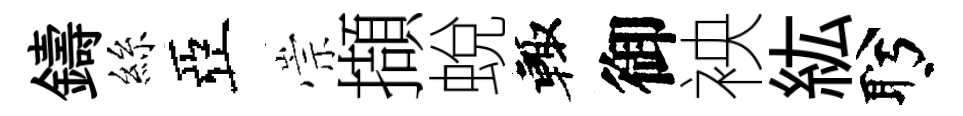
鑄絲亞崇擷蛻輙御䘧紘盻